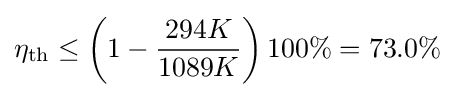
\eta _{\rm {th}}\leq \left(1-{\frac {294K}{1089K}}\right)100\%=73.0\%